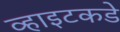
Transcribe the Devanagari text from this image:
व्हाइटकडे